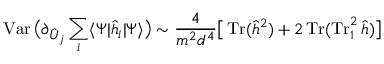
\operatorname { V a r } \big ( \partial _ { \hat { U } _ { j } } \sum _ { i } \langle \Psi | \hat { h } _ { i } | \Psi \rangle \big ) \sim \frac { 4 } { m ^ { 2 } d ^ { 4 } } \big [ \operatorname { T r } ( \hat { h } ^ { 2 } ) + 2 \operatorname { T r } ( \operatorname { T r } _ { 1 } ^ { 2 } \hat { h } ) \big ]